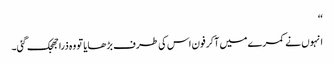
‘‘
انہوں نے کمرے میں آکر فون اس کی طرف بڑھایا تو وہ ذرا جھجک گئی۔